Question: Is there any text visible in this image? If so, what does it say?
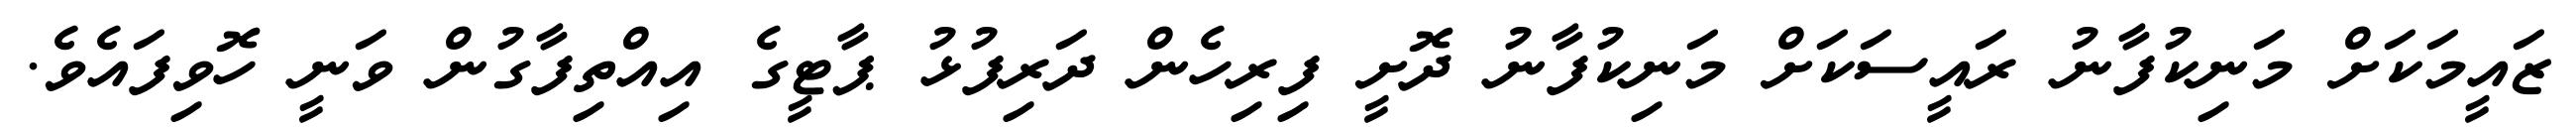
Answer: ޒައީމަކަށް މަނިކުފާނު ރައީސަކަށް މަނިކުފާނު ދޮށީ ފިރިހެން ދަރިފުޅު ޕާޓީގެ އިއްތިފާގުން ވަނީ ހޮވިފައެވެ.